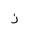
Letter: _zay